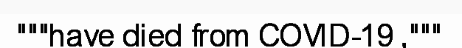
"""have died from COVID-19 ,"""